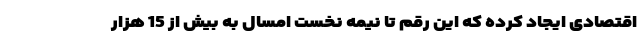
اقتصادی ایجاد کرده که این رقم تا نیمه نخست امسال به بیش از 15 هزار